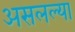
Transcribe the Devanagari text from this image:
असलल्या